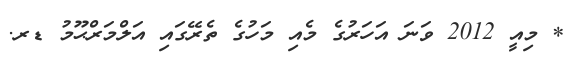
* މިއީ 2012 ވަނަ އަހަރުގެ މެއި މަހުގެ ތެރޭގައި އަލްމަރްޙޫމު ޑރ.